Leaving Certificate, 1900
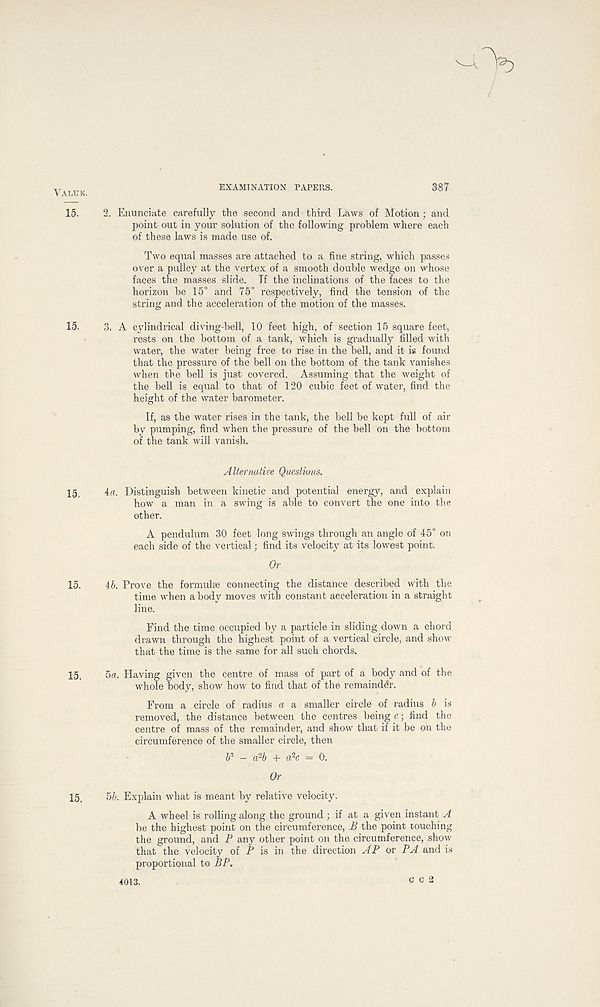
EXAMINATION PAPERS.
387
Value.
15. 2. Enunciate carefully the second and third Laws of Motion; and
point out in your solution of the following problem where each
of these laws is made use of.
Two equal masses are attached to a fine string, which passes
over a pulley at the vertex of a smooth double wedge on whose
faces the masses slide. If the inclinations of the faces to the
horizon be 15° and 75° respectively, find the tension of the
string and the acceleration of the motion of the masses.
15. 3, A cylindrical diving-bell, 10 feet high, of section 15 square feet,
rests on the bottom of a tank, which is gradually filled with
water, the water being free to rise in the bell, and it is found
that the pressure of the bell on the bottom of the tank vanishes
when the bell is just covered. Assuming that the weight of
the bell is equal to that of 120 cubic feet of water, find the
height of the water barometer.
If, as the water rises in the tank, the bell be kept full of air
by pumping, find when the pressure of the bell on the bottom
of the tank will vanish.
Alternative Questions,
15. la. Distinguish between kinetic and potential energy, and explain
how a man in a swing is able to convert the one into the
other.
A pendulum 30 feet long swings through an angle of 45° on
each side of the vertical; find its velocity at its lowest point.
Or
15. lb. Prove the formulae connecting the distance described with the
time when a body moves with constant acceleration in a straight
line.
Find the time occupied by a particle in sliding down a chord
drawn through the highest point of a vertical circle, and show
that the time is the same for all such chords,
15. 5a, Having given the centre of mass of part of a body and of the
whole body, show how to find that of the remainder.
From a circle of radius a a smaller circle of radius b is
removed, the distance between the centres being c; find the
centre of mass of the remainder, and show that if it be on the
circumference of the smaller circle, then
_ cfib + « 2 c = 0.
Or
15, 5b. Explain what is meant by relative velocity.
A wheel is rolling along the ground ; if at a given instant A
be the highest point on the circumference, B the point couching
the ground, and P any other point on the circumference, show
that the velocity of P is in the direction AP or PA and is
proportional to BP,
4013.
G c 2